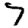
Digit: 7